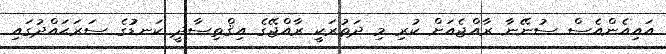
އައިއެންއެސް ސުނޭނާ ރާއްޖެއަށް ކުރި މި ދަތުރަކީ ރާއްޖޭގެ އިޤްތިސާދީ ކަނޑުުގެ ސަރަޙައްދުގައި